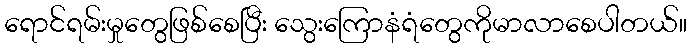
ရောင်ရမ်းမှုတွေဖြစ်စေပြီး သွေးကြောနံရံတွေကိုမာလာစေပါတယ်။